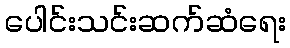
ပေါင်းသင်းဆက်ဆံရေး